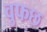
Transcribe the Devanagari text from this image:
वुफछ